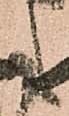
も